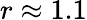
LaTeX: r\approx 1.1